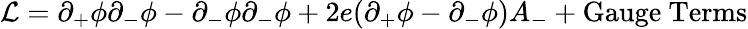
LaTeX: {\cal L}=\partial_{+}\phi\partial_{-}\phi-\partial_{-}\phi\partial_{-}\phi+2e(\partial_{+}\phi-\partial_{-}\phi)A_{-}+\mathrm{Gauge~Terms}